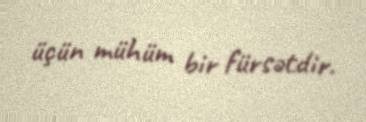
üçün mühüm bir fürsətdir.